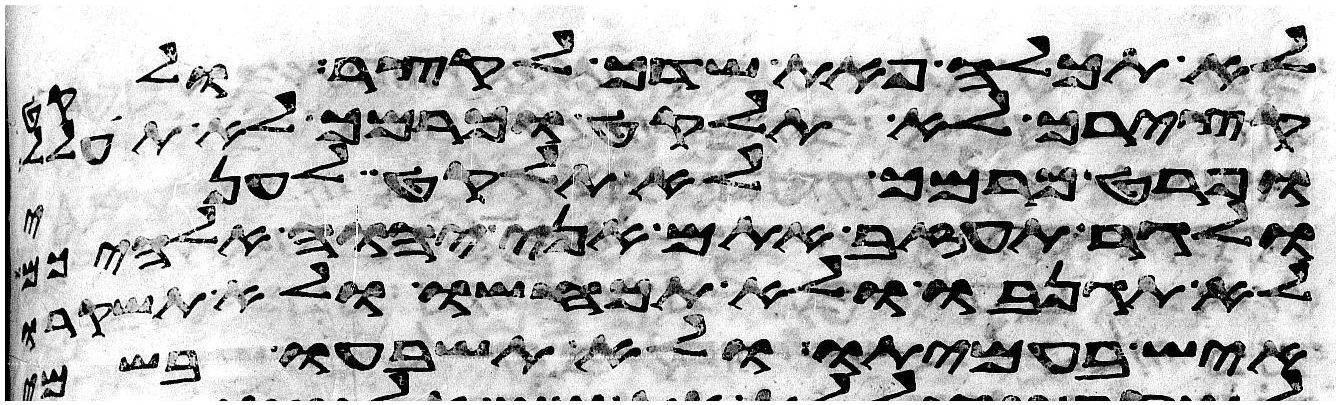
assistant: לא תכלה פאת שדך לקצר ולקט
קצירך לא תלקט וכרמך לא תעולל
ופרט כרמך לא תלקט לעני
ולגר תעזב אתם אני יהוה אלהיכם
לא תגנבו ולא תכחשו ולא תשקרו
איש בעמיתו ולא תשבעו בשמי